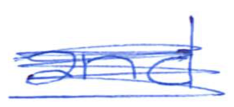
Text: and
Cross-out: mix
Writing tool: ballpoint